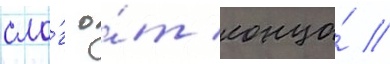
сло́г о́т конца́ //